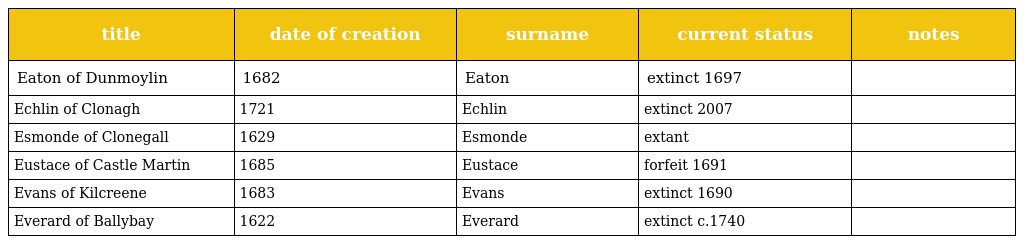
| title | date of creation | surname | current status | notes |
 | --- | --- | --- | --- | --- |
 | Eaton of Dunmoylin | 1682 | Eaton | extinct 1697 |  |
 | Echlin of Clonagh | 1721 | Echlin | extinct 2007 |  |
 | Esmonde of Clonegall | 1629 | Esmonde | extant |  |
 | Eustace of Castle Martin | 1685 | Eustace | forfeit 1691 |  |
 | Evans of Kilcreene | 1683 | Evans | extinct 1690 |  |
 | Everard of Ballybay | 1622 | Everard | extinct c.1740 |  |